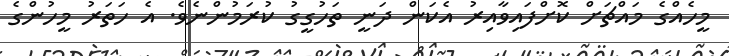
މީހެއްގެ މައްޗަަށް ކޮށްފައިވާއިރު އެކަން ދަނީ ތަހުގީގު ކުރަމުންނެވެ. އެ ހަތަރު މީހުންގެ